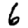
Digit: 6